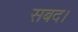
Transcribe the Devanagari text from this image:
सबद।